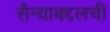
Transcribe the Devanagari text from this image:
सैन्याबद्दलची